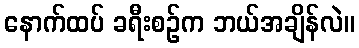
နောက်ထပ် ခရီးစဉ်က ဘယ်အချိန်လဲ။